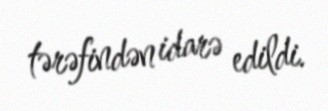
tərəfindən idarə edildi.